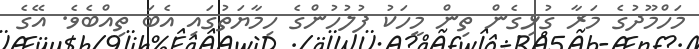
މަހްމޫދުގެ މަރާ ގުޅިގެން ތިން މީހަކު ފުލުހުންގެ ހިމާޔަތުގައި އެބަ ތިއްބެވެ. އޭގެ